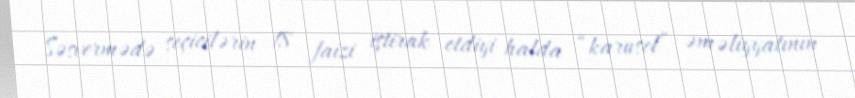
Səsvermədə seçicilərin 18 faizi iştirak etdiyi halda “karusel” əməliyyatının